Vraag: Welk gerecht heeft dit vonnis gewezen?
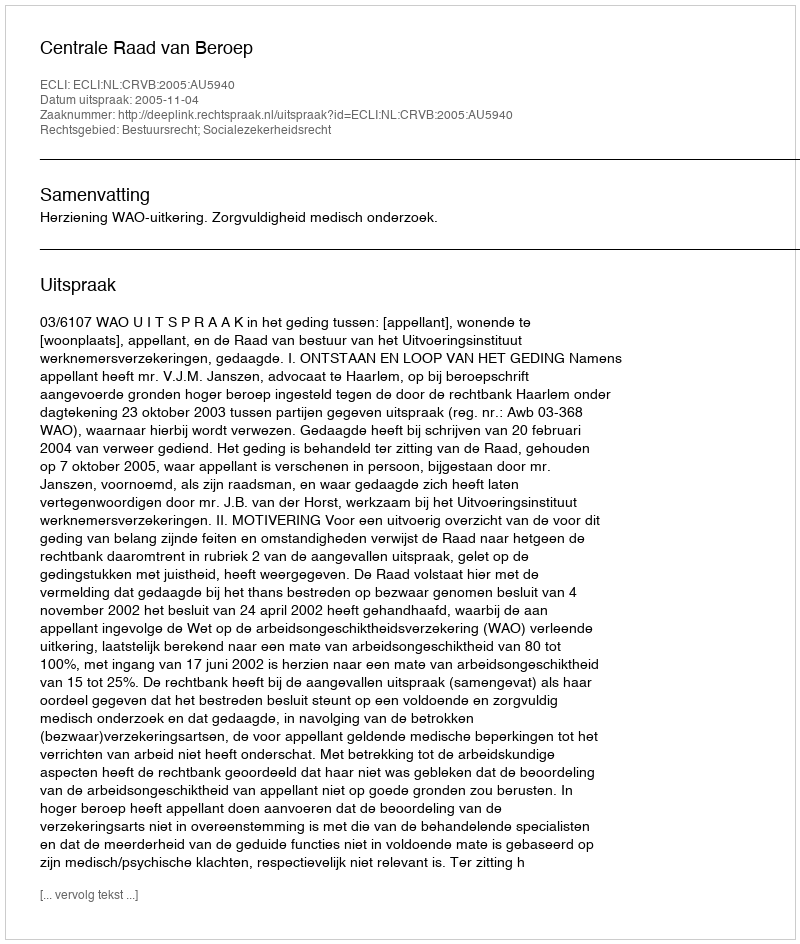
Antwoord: Centrale Raad van Beroep